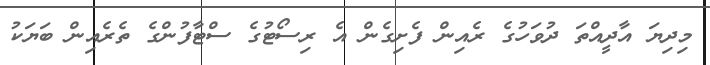
މިދިޔަ އާދީއްތަ ދުވަހުގެ ރެއިން ފެށިގެން އެ ރިސޯޓުގެ ސްޓާފުންގެ ތެރެއިން ބަޔަކު